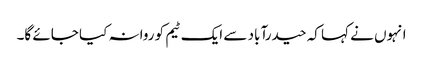
انہوں نے کہا کہ حیدرآباد سے ایک ٹیم کو روانہ کیا جائے گا۔